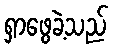
ရှာဖွေခဲ့သည်